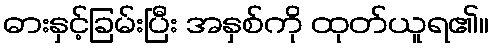
ဓားနှင့်ခြမ်းပြီး အနှစ်ကို ထုတ်ယူရ၏။